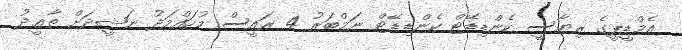
އެމްޑީޕީގެ ރިޔާސީ ކެންޑިޑޭޓް ކެންޑިޑޭޓް ނަމްބަރު 4 ރައީސް މުހައްމަދު ނަޝީދަށް ތާޢީދު